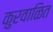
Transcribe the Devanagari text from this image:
कुरवाळित